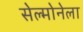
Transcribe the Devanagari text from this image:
सेल्मोनेला